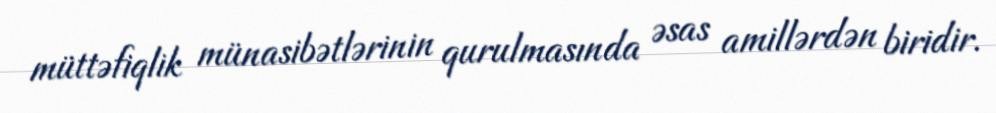
müttəfiqlik münasibətlərinin qurulmasında əsas amillərdən biridir.